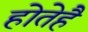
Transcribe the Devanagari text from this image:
होतेहै